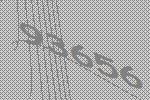
93656